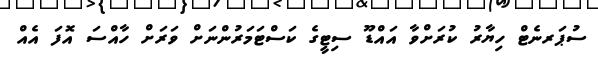
ސުޕަރނެޓް ހިޔާރު ކުރަށްވާ އައްޑޫ ސިޓީގެ ކަސްޓަމަރުންނަށް ވަރަށް ހާއްސަ އޮފަ އެއް